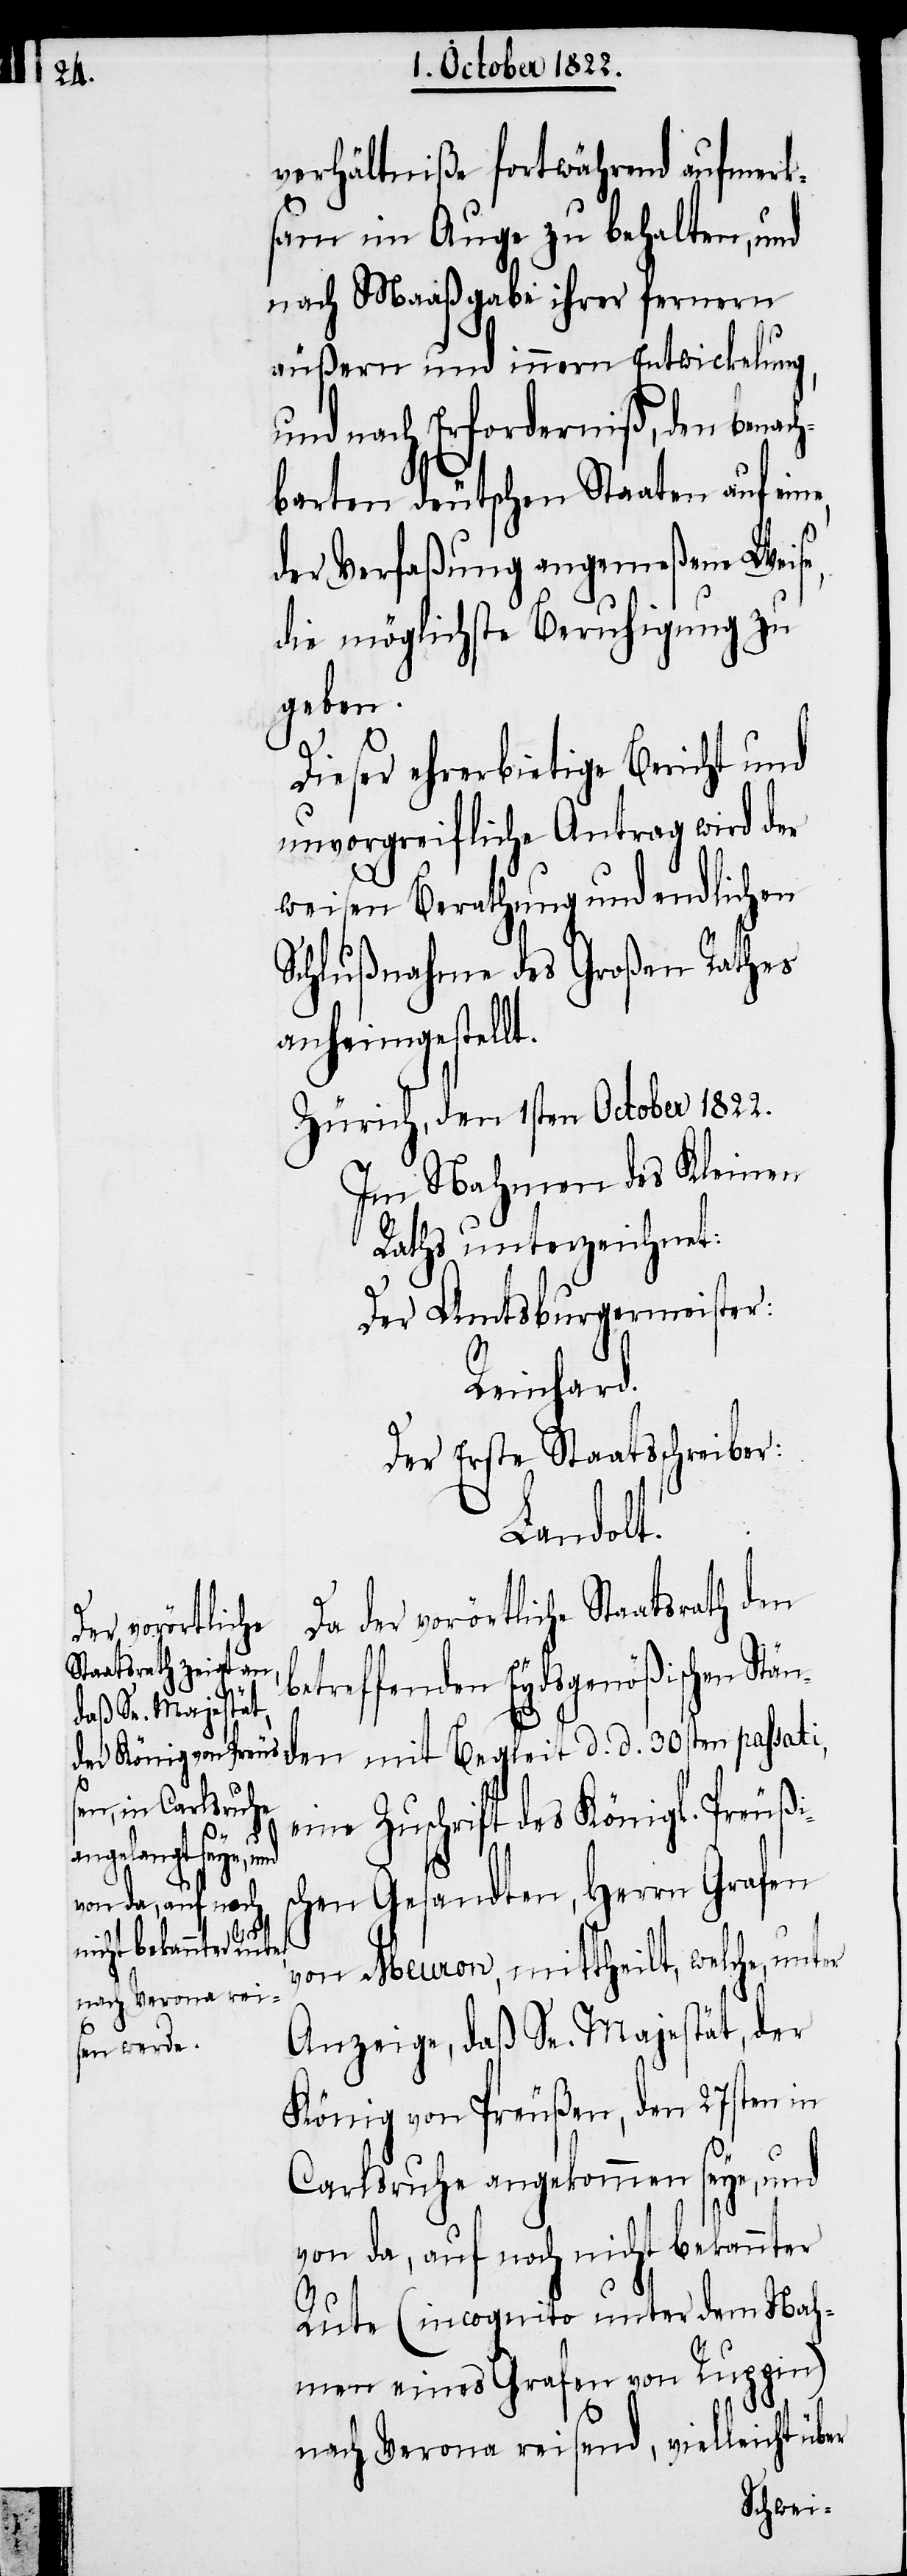
er
b¬

verhältniße fortwährend aufmerk¬
sam im Auge zu behalten, und
nach Maaßgabe ihrer fernern
äußern und innern Entwickelung,
und nach Erforderniß, den benach¬
barten deutschen Staaten auf eine,
der Verfaßung angemeßene Weise,
die möglichste Beruhigung zu
geben.
Dieser ehrerbietige Bericht und
unvorgreifliche Antrag wird der
weisen Berathung und endlichen
Schlußnahme des Großen Rathes
anheimgestellt.
Zürich, den 1sten October 1822.
Im Nahmen des Kleinen
Raths unterzeichnet:
Der Amtsburgermeister:
Reinhard.
Der Erste Staatsschreiber:
Landolt.
Da der vorörtliche Staatsrath den
etreffenden Eydsgenößischen Stä¬
den mit Begleit d. d. 30sten passati,
eine Zuschrift des Königl. Preußis¬
chen Gesandten, Herrn Grafen
von Meuron, mittheilt, welche, unt¬
Anzeige, daß Se. Majestät, der
König von Preußen, den 27sten in
Carlsruhe angekommen seye, und
von da, auf noch nicht bekannter
Rute (incognito unter dem Nah¬
men eines Grafen von Ruppin)
nach Verona reisend, vielleicht über